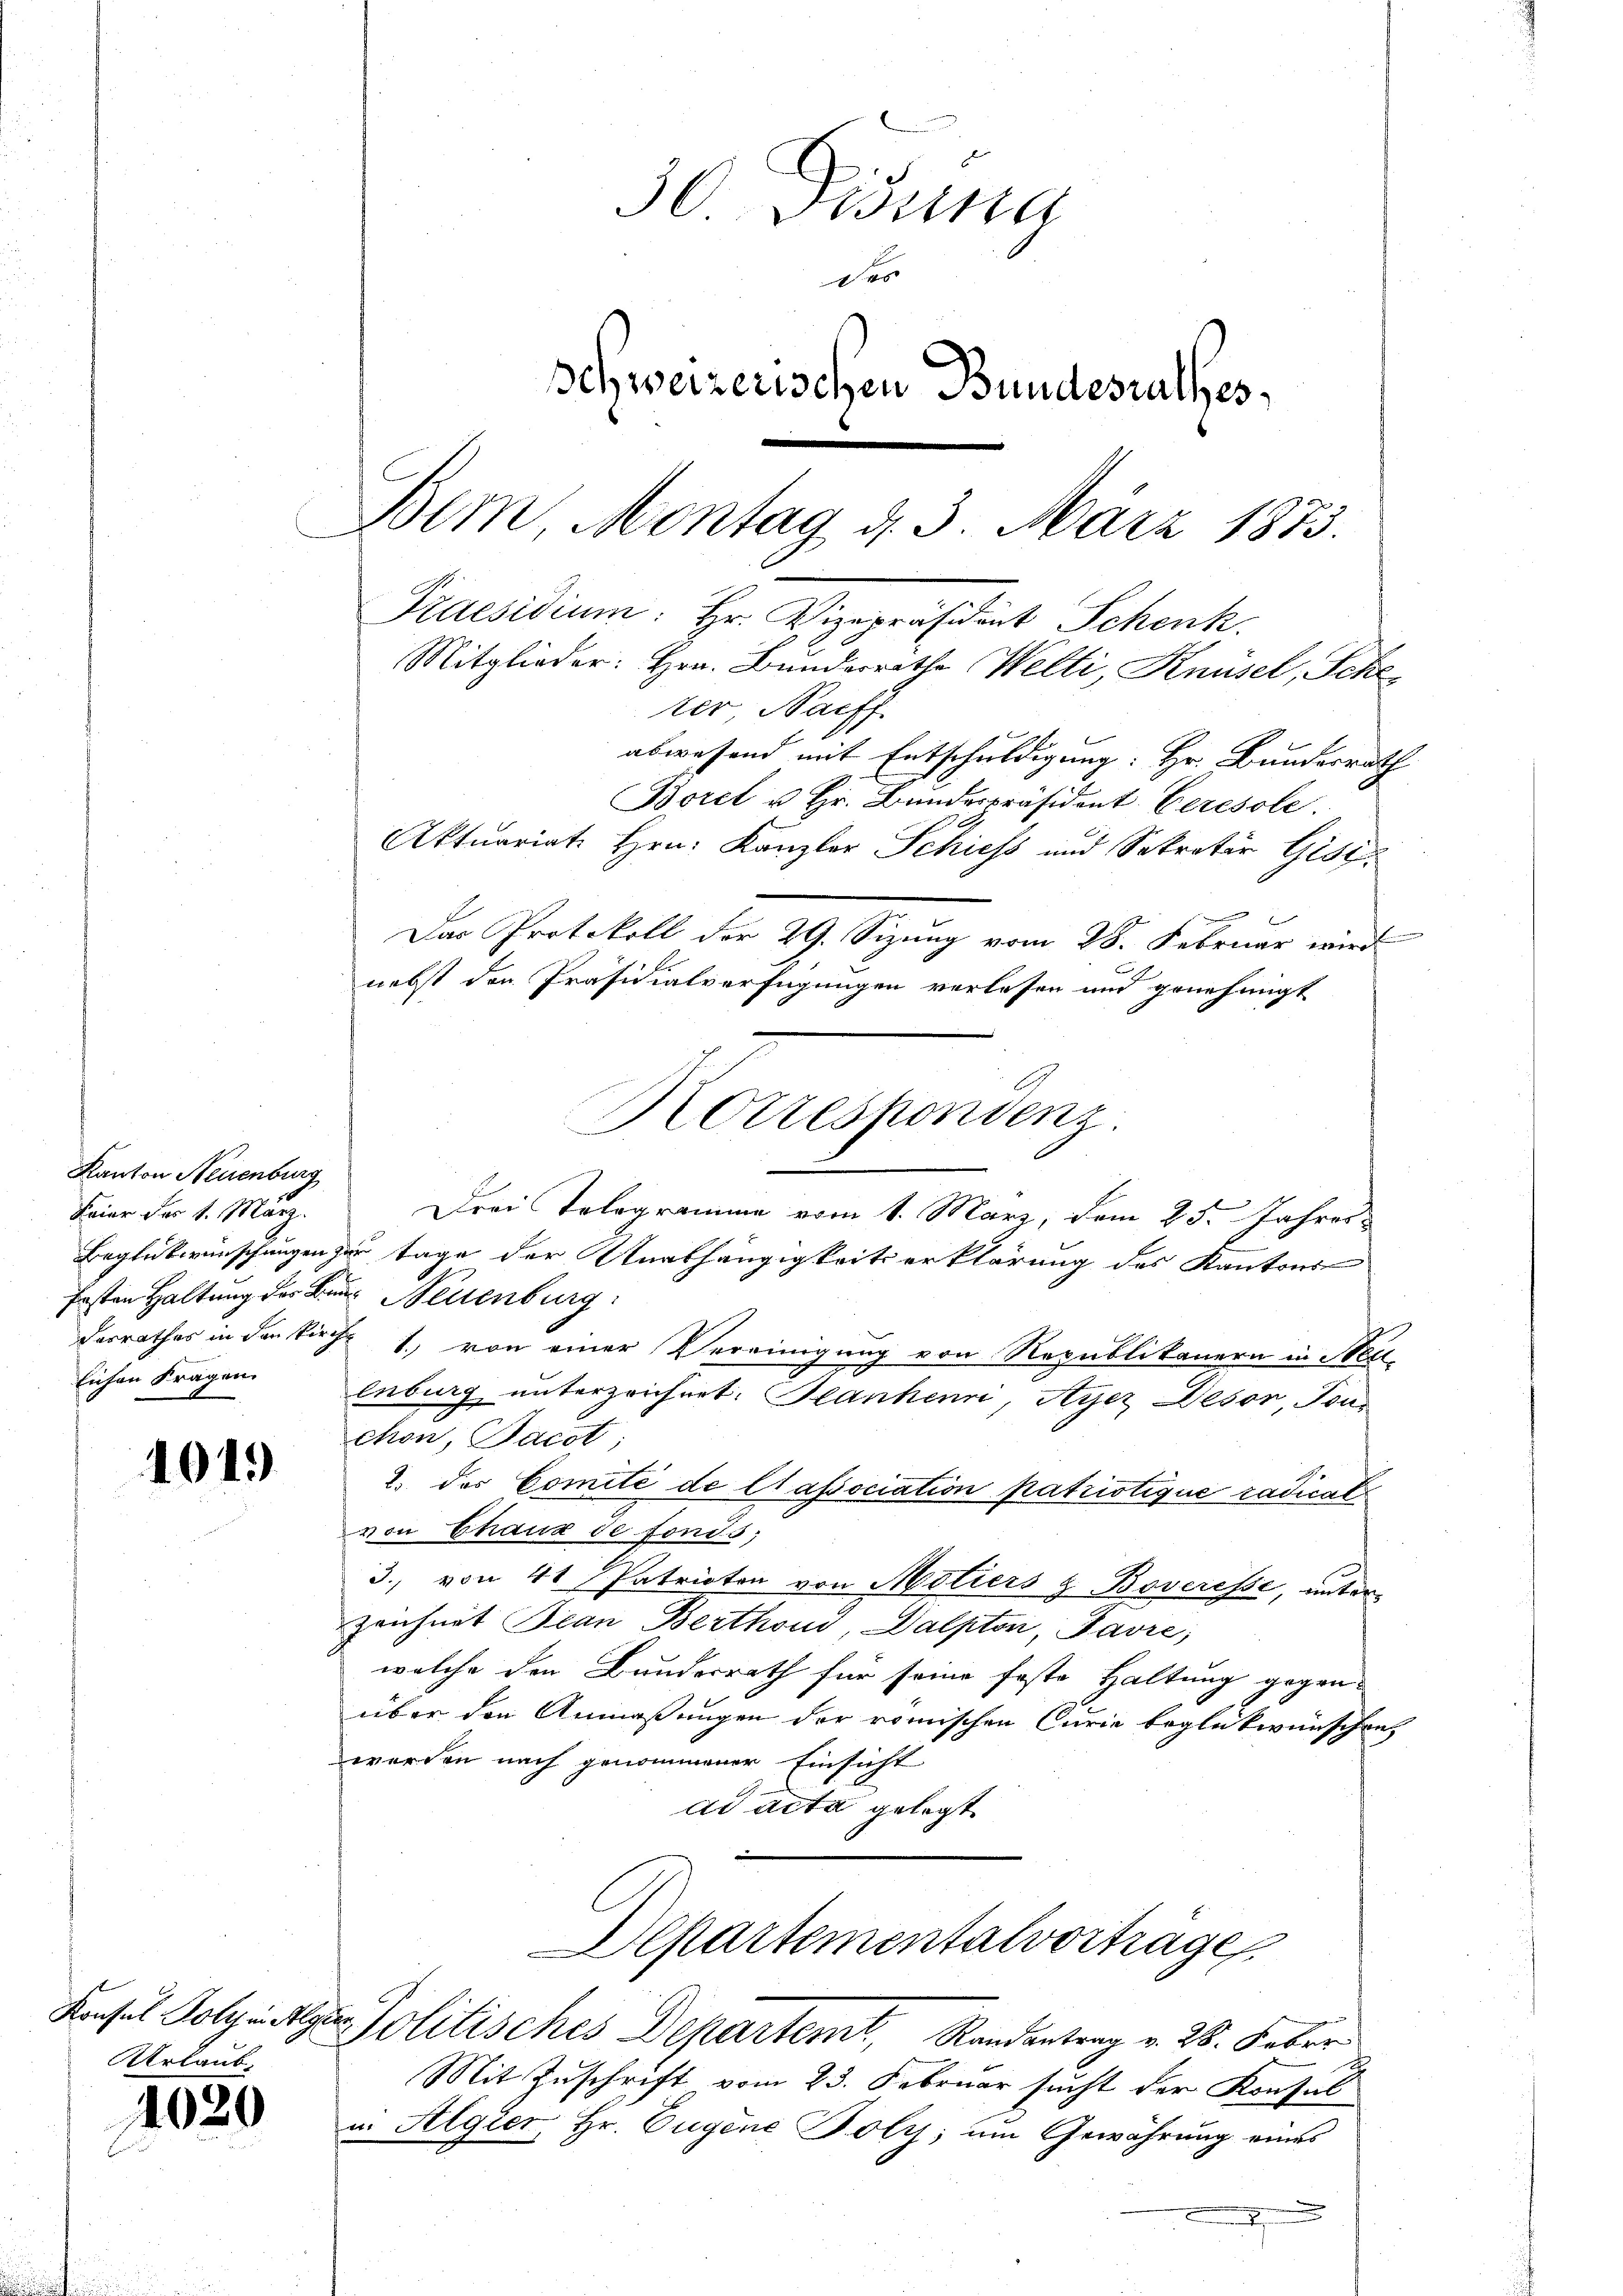
Kanton Neuenburg
Feier der 1. März.
lichen Fragen

1019

Urlaub.

1020

Bem, Montag d. 3. März 1873.
Praesidium: Hr. Vizepräsident Schenk

Mitglieder: Hrn. Bunderrathe Welti, Knüsel, Sche
ter Nachf
abwesend mit Entschuldigung: Hr. Bundesrath
Borel u. Hr. Bundespräsident. Ceresole.
Aktuariat Hrn. Kanzler Schiess und Sekretär Gisi¬
Das Protokoll der 29. Sizung vom 28. Februar wird
nebst den Präsidialverfügungen verlassen und genehmigt
Drei Telegramme vom 1. März, dem 25. Jahres
Beglückwünschungen zur Tage der Unabhängigkeitserklärung des Kantons
festen Haltung der Bund Neuenburg
Desrathes in den kirch 1., von einer Vereinigung von Republikanern in Nett
enburg unterzeichnet. Blankenri, Ayez Deser, Tous
chon, Bacot
2. des Comité de Classociation patriotique radicat
von Chaux de fonds;
3., von 41 Patrioten von Motiers z. Boveresse, unter
zeichnet Bian Berthous, Dalpton, Favre,
welche den Bundesrath für seine foste Haltung gegen-
über den Anmaßungen der römischen Curie beglückwünschen,
werden nach genommener Einsicht
ad acta gelegt.
Departementalvorträge.
Konsul Polyniger Politisches Departemt, Randantrag v. 28. Feber
Mit Zuschrift vom 23. Februar sucht der Konsul
in Algier, Hr. Eugene Poly, um Gewährung eines
.

30. Disung
d
Schweizerischen Bundesrathes

Korrespondenz.